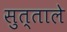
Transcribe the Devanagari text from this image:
सुत्ताले